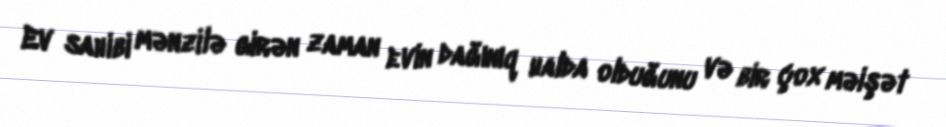
Ev sahibi mənzilə girən zaman evin dağınıq halda olduğunu və bir çox məişət